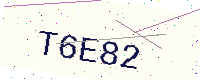
Text: T6E82